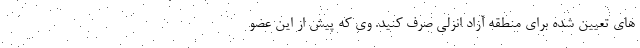
های تعیین شده برای منطقه آزاد انزلی صرف کنید. وی که پیش از این عضو